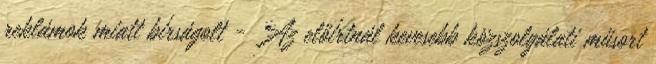
reklámok miatt bírságolt - Az előírtnál kevesebb közszolgálati műsort